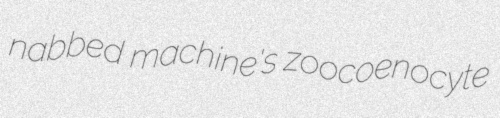
nabbed machine's zoocoenocyte